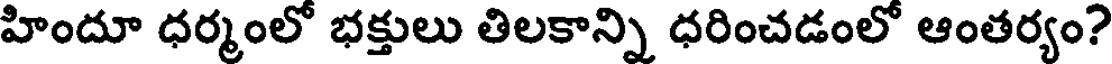
హిందూ ధర్మంలో భక్తులు తిలకాన్ని ధరించడంలో ఆంతర్యం?